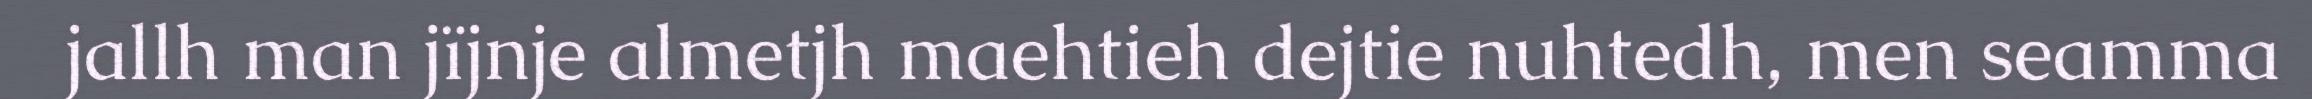
jallh man jïjnje almetjh maehtieh dejtie nuhtedh, men seamma